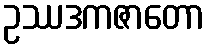
ဥဿဒကဇာတော